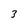
Character: 3